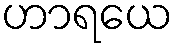
ဟာရယေ